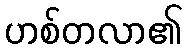
ဟစ်တလာ၏